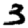
Digit: 3